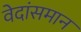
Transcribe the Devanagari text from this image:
वेदांसमान